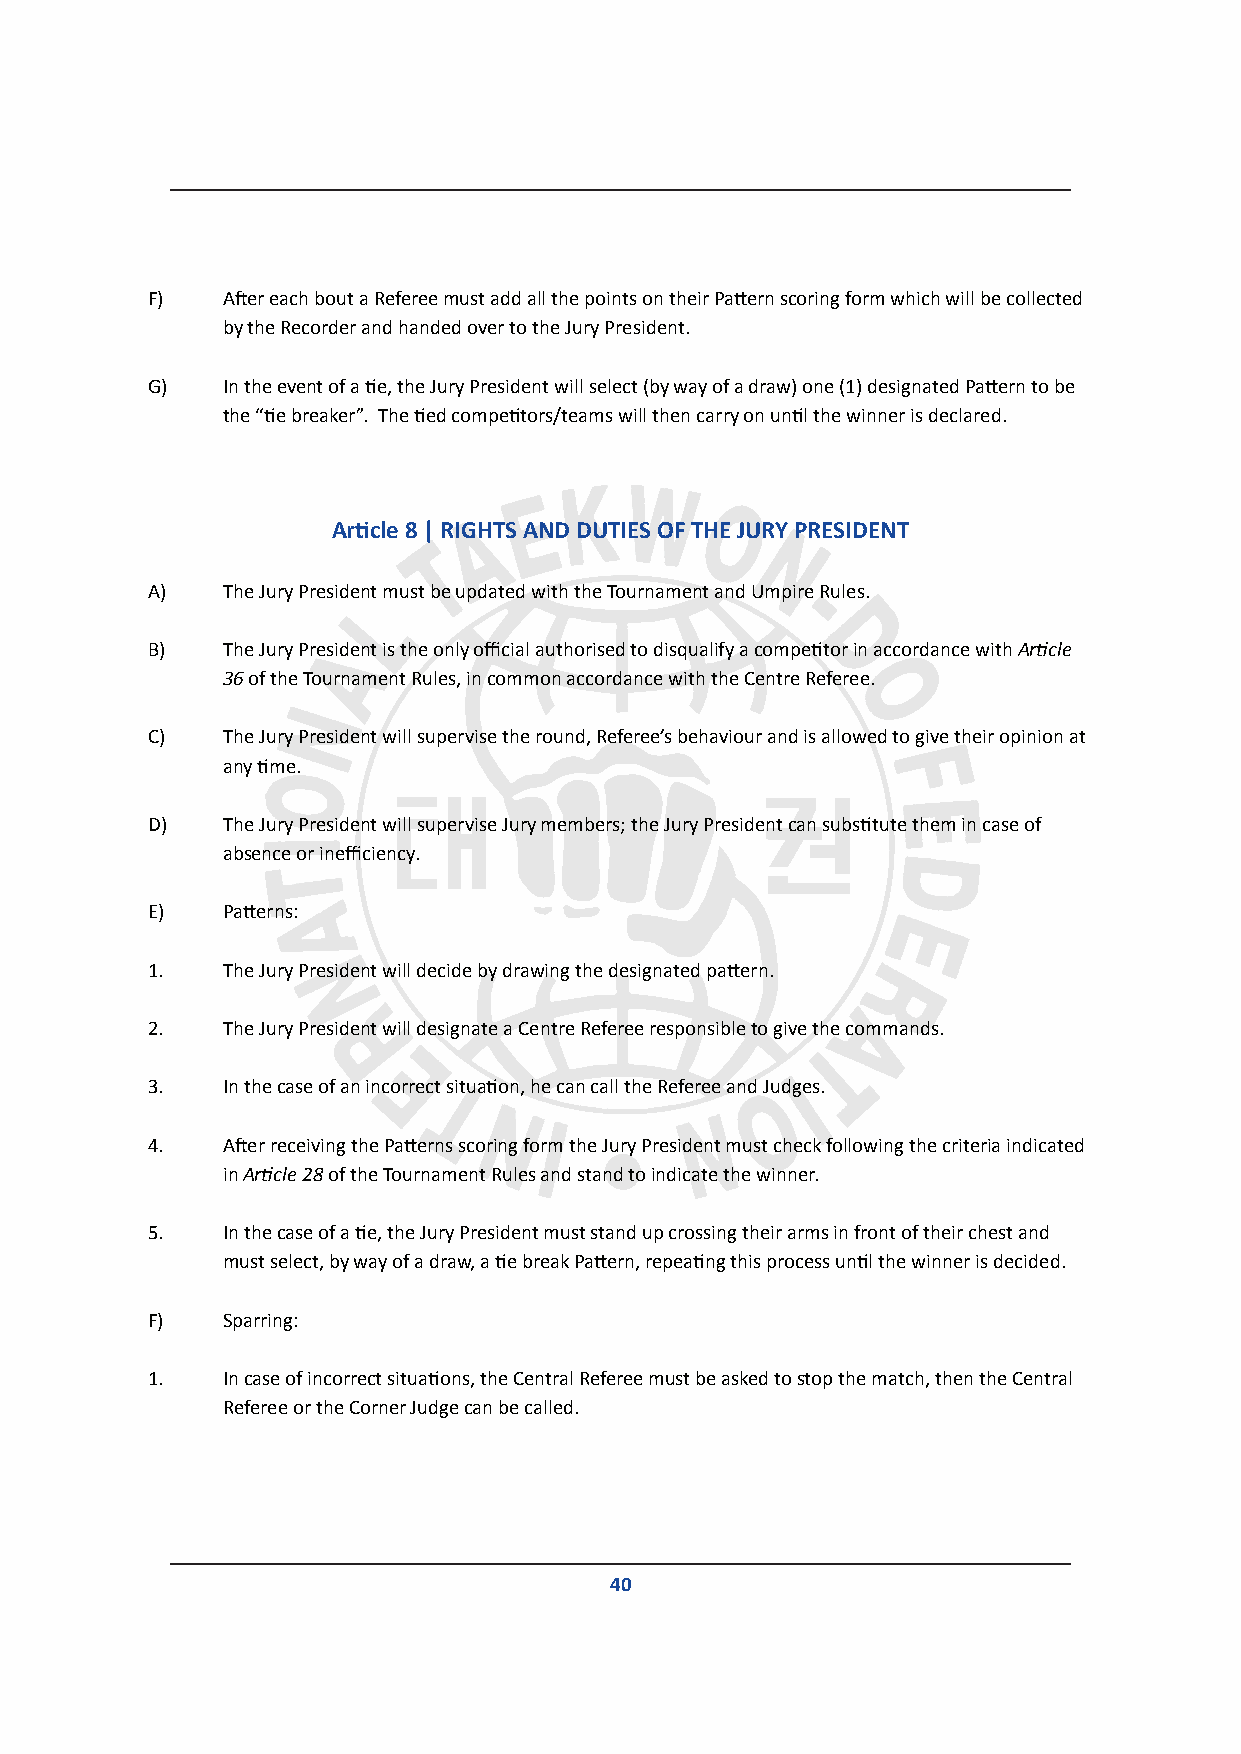
F)   After each bout a Referee must add all the points on their Pattern scoring form which will be collected
 by the Recorder and handed over to the Jury President.
 G)   In the event of a tie, the Jury President will select (by way of a draw) one (1) designated Pattern to be
 the “tie breaker”. The tied competitors/teams will then carry on until the winner is declared.
 Article 8 | RIGHTS AND DUTIES OF THE JURY PRESIDENT
 A)   The Jury President must be updated with the Tournament and Umpire Rules.
 B)   The Jury President is the only official authorised to disqualify a competitor in accordance with Article
 36 of the Tournament Rules, in common accordance with the Centre Referee.
 C)   The Jury President will supervise the round, Referee’s behaviour and is allowed to give their opinion at
 any time.
 D)   The Jury President will supervise Jury members; the Jury President can substitute them in case of
 absence or inefficiency.
 E)   Patterns:
 1.   The Jury President will decide by drawing the designated pattern.
 2.   The Jury President will designate a Centre Referee responsible to give the commands.
 3.   In the case of an incorrect situation, he can call the Referee and Judges.
 4.   After receiving the Patterns scoring form the Jury President must check following the criteria indicated
 in Article 28 of the Tournament Rules and stand to indicate the winner.
 5.   In the case of a tie, the Jury President must stand up crossing their arms in front of their chest and
 must select, by way of a draw, a tie break Pattern, repeating this process until the winner is decided.
 F)   Sparring:
 1.   In case of incorrect situations, the Central Referee must be asked to stop the match, then the Central
 Referee or the Corner Judge can be called.
 40